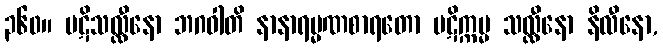
၃၆၀။ ပဋိသလ္လီနော ဘဂဝါတိ နာနာရမ္မဏစာရတော ပဋိက္ကမ္မ သလ္လီနော နိလီနော,